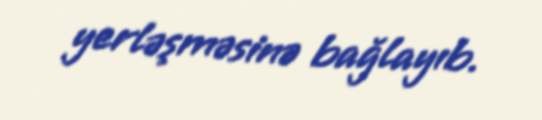
yerləşməsinə bağlayıb.